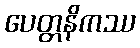
ပေတ္တနိကဿ